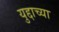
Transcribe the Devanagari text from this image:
युद्दाच्या